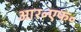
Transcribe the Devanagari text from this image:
आर॰एफ॰